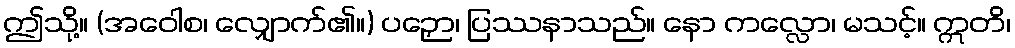
ဤသို့။ (အဝေါစ၊ လျှောက်၏။) ပဉှော၊ ပြဿနာသည်။ နော ကလ္လော၊ မသင့်။ ဣတိ၊